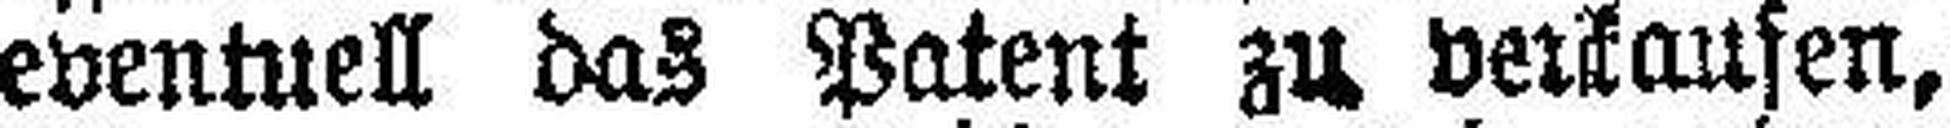
eventuell das Patent zu verkaufen,